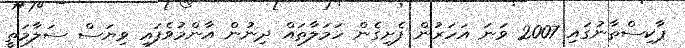
ޕާކިސްތާނުގައި 2007 ވަނަ އަހަރުން ފެށިގެން ހަމަލާތައް ދިނުން އާންމުވެފައި ވިޔަސް ސަލާމަތީ